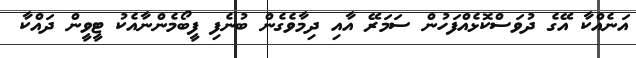
އަނެއްކާ އޭގެ ދުވަސްކޮޅެއްފަހުން ސަމަރޭ އާއި ދިމާވެގެން ބުނެފި ފީބޯމެންނާއެކު ޓީވީން ދައްކާ